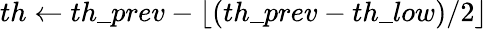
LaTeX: th\leftarrow th\_ prev-\lfloor(th\_ prev-th\_ low)/2\rfloor